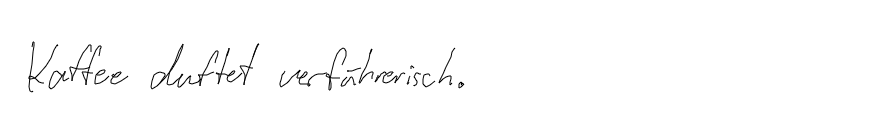
Kaffee duftet verführerisch.